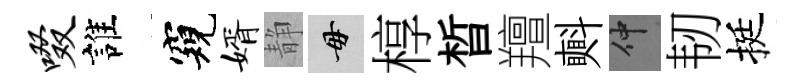
啜誰窺婿静毋椁晳羶㪺仲韧挺